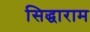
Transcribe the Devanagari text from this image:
सिद्धाराम